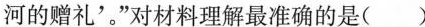
河的赠礼'。”对材料理解最准确的是()